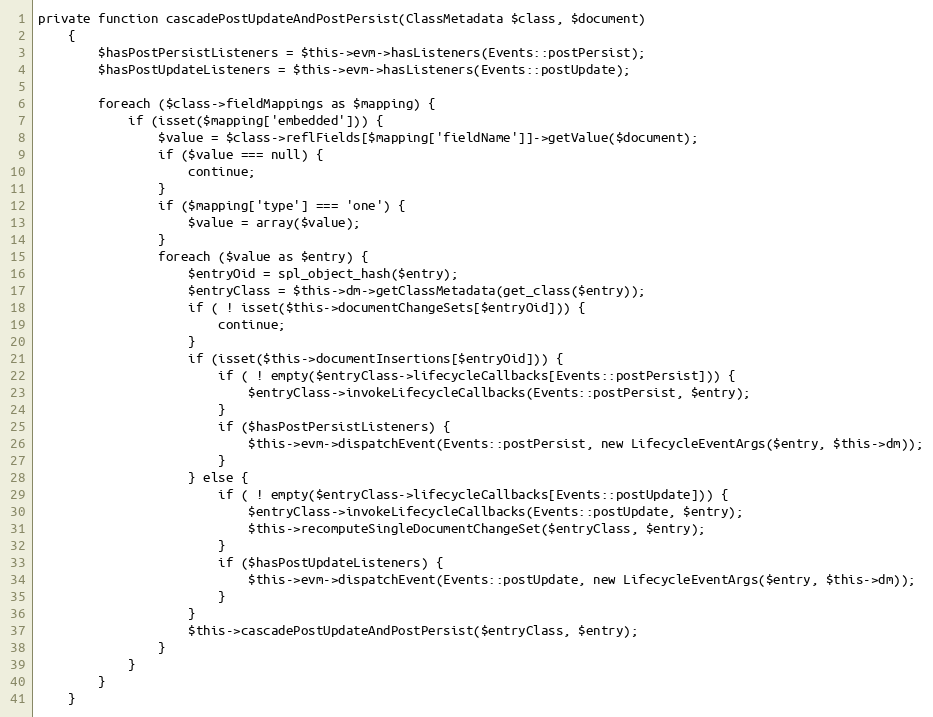
Language: PHP
private function cascadePostUpdateAndPostPersist(ClassMetadata $class, $document)
    {
        $hasPostPersistListeners = $this->evm->hasListeners(Events::postPersist);
        $hasPostUpdateListeners = $this->evm->hasListeners(Events::postUpdate);

        foreach ($class->fieldMappings as $mapping) {
            if (isset($mapping['embedded'])) {
                $value = $class->reflFields[$mapping['fieldName']]->getValue($document);
                if ($value === null) {
                    continue;
                }
                if ($mapping['type'] === 'one') {
                    $value = array($value);
                }
                foreach ($value as $entry) {
                    $entryOid = spl_object_hash($entry);
                    $entryClass = $this->dm->getClassMetadata(get_class($entry));
                    if ( ! isset($this->documentChangeSets[$entryOid])) {
                        continue;
                    }
                    if (isset($this->documentInsertions[$entryOid])) {
                        if ( ! empty($entryClass->lifecycleCallbacks[Events::postPersist])) {
                            $entryClass->invokeLifecycleCallbacks(Events::postPersist, $entry);
                        }
                        if ($hasPostPersistListeners) {
                            $this->evm->dispatchEvent(Events::postPersist, new LifecycleEventArgs($entry, $this->dm));
                        }
                    } else {
                        if ( ! empty($entryClass->lifecycleCallbacks[Events::postUpdate])) {
                            $entryClass->invokeLifecycleCallbacks(Events::postUpdate, $entry);
                            $this->recomputeSingleDocumentChangeSet($entryClass, $entry);
                        }
                        if ($hasPostUpdateListeners) {
                            $this->evm->dispatchEvent(Events::postUpdate, new LifecycleEventArgs($entry, $this->dm));
                        }
                    }
                    $this->cascadePostUpdateAndPostPersist($entryClass, $entry);
                }
            }
        }
    }